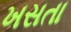
ખસતા